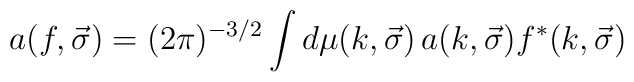
a(f, \vec{\sigma}) = (2\pi)^{-3/2}\int d\mu(k,\vec{\sigma})\,a(k,\vec{\sigma})f^{\ast}(k, \vec{\sigma})